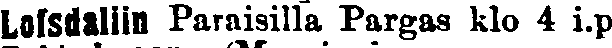
Lofsdaliin Paraisilla Pargas klo 4 i.p